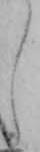
し